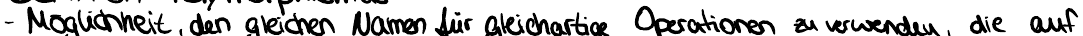
- Möglichkeit, den gleichen Namen für gleichartige Operationen zu verwenden, die auf